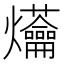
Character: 𤓝